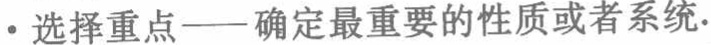
• 选择重点——确定最重要的性质或者系统.